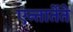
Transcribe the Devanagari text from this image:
एन्तार्तेते